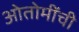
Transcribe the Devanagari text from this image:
ओतोमींची